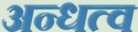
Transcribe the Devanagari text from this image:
अन्धत्व